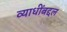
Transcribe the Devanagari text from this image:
व्याधींबद्दल